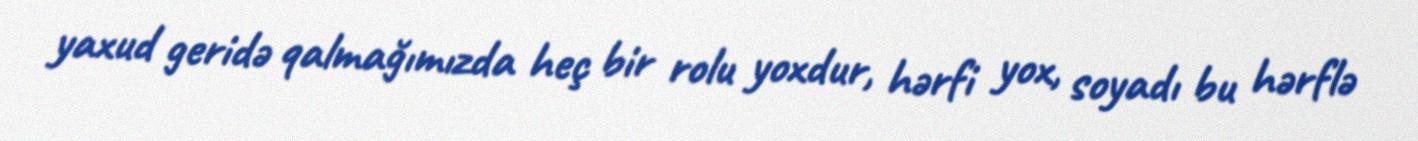
yaxud geridə qalmağımızda heç bir rolu yoxdur, hərfi yox, soyadı bu hərflə